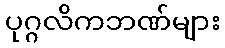
ပုဂ္ဂလိကဘဏ်များ